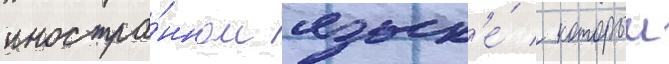
иностра́нном язык'е́ / которыи